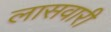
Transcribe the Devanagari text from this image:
लासवारी